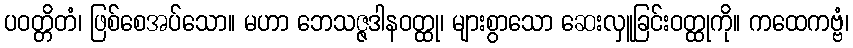
ပဝတ္တိတံ၊ ဖြစ်စေအပ်သော။ မဟာ ဘေသဇ္ဇဒါနဝတ္ထု၊ များစွာသော ဆေးလှူခြင်းဝတ္ထုကို။ ကထေကဗ္ဗံ၊